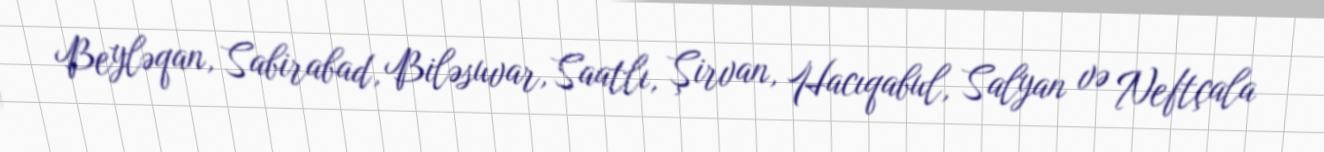
Beyləqan, Sabirabad, Biləsuvar, Saatlı, Şirvan, Hacıqabul, Salyan və Neftçala